Report of an investigation into the causes of the diseases known in Assam as Kála-Azár and Beri-Beri
Disease focus: Beri-Beri
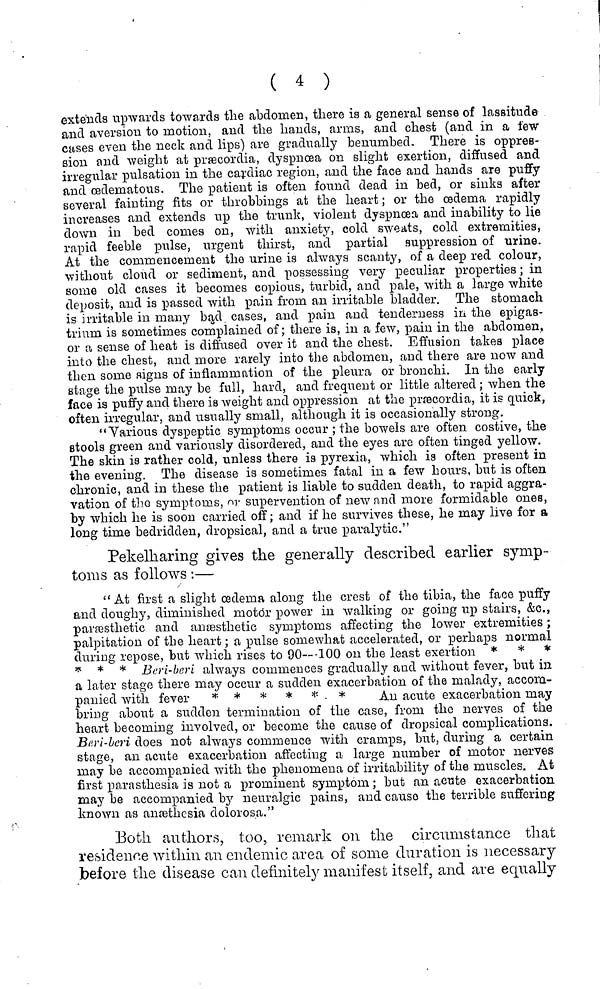
( 4 )
extends upwards towards the abdomen, there is a general sense of lassitude
and aversion to motion, and the hands, arms, and chest (and in a few
cases even the neck and lips) are gradually benumbed. There is oppres-
sion and weight at præcordia, dyspnœa on slight exertion, diffused and
irregular pulsation in the cardiac region, and the face and hands are puffy
and œdematous. The patient is often found dead in bed, or sinks after
several fainting fits or throbbings at the heart ; or the œdema rapidly
increases and extends up the trunk, violent dyspnœa and inability to lie
down in bed comes on, with anxiety, cold sweats, cold extremities,
rapid feeble pulse, urgent thirst, and partial suppression of urine.
At the commencement the urine is always scanty, of a deep red colour,
without cloud or sediment, and possessing very peculiar properties ; in
some old cases it becomes copious, turbid, and pale, with a large white
deposit, and is passed with pain from, an irritable bladder. The stomach
is irritable in many bąd cases, and pain and tenderness in the epigas-
trium is sometimes complained of; there is, in a few, pain in the abdomen,
or a sense of heat is diffused over it and the chest. Effusion takes place
into the chest, and more rarely into the abdomen, and there are now and
then some signs of inflammation of the pleura or bronchi. In the early
stage the pulse may be full, hard, and frequent or little altered ; when the
face is puffy and there is weight and oppression at the præcordia, it is quick,
often irregular, and usually small, although it is occasionally strong.
"Various dyspeptic symptoms occur ; the bowels are often costive, the
stools green and variously disordered, and the eyes are often tinged yellow.
The skin is rather cold, unless there is pyrexia, which is often present in
the evening. The disease is sometimes fatal in a few hours, but is often
chronic, and in these the patient is liable to sudden death, to rapid aggra-
vation of the symptoms, or supervention of new and more formidable ones,
by which he is soon carried off ; and if he survives these, he may live for a
long time bedridden, dropsical, and a true paralytic."
Pekelharing gives the generally described earlier symp-
toms as follows :—
"At first a slight œdema along the crest of the tibia, the face puffy
and doughy, diminished motor power in walking or going up stairs, &c.,
parræsthetic and antesthetic symptoms affecting the lower extremities ;
palpitation of the heart ; a pulse somewhat accelerated, or perhaps normal
during repose, but which rises to 90---100 on the least exertion * * *
* * * Beri-beri always commences gradually aud without fever, but in
a later stage there may occur a sudden exacerbation of the malady, accom-
panied with fever
* * * * * * Au acute exacerbation may
bring about a sudden termination of the case, from the nerves of the
heart becoming involved, or become the cause of dropsical complications.
Beri-beri does not always commence with cramps, but, during a certain
stage, an acute exacerbation affecting a large number of motor nerves
may be accompanied with the phenomena of irritability of the muscles. At
first parasthesia is not a prominent symptom ; but an acute exacerbation
may be accompanied by neuralgic pains, and causo the terrible suffering
known as anæthcsia dolorosa."
Both authors, too, remark on the circumstance that
residence within an endemic area of some duration is necessary
before the disease can definitely manifest itself, and are equally